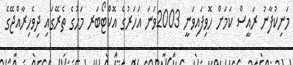
މަނިކުފާނު ރައީސް ކަމަށް ހޮވިފައިވަނީ 2003ވަނަ އަހަރުގެ އޮކްޓޯބަރ މަހުގެ ތެރޭގައި ދިވެހިރާއްޖޭގެ